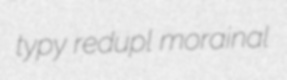
typy redupl morainal